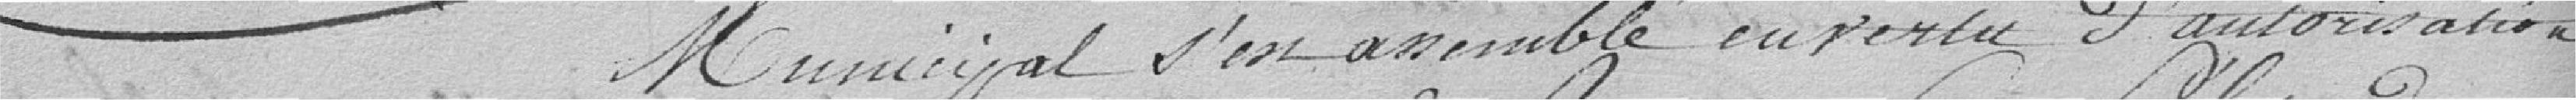
Municipal s'est assemblé en vertu d'autorisation